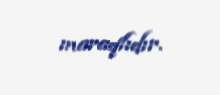
maraqlıdır.